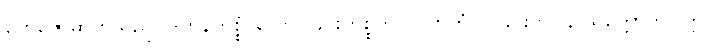
တေဇောဓာတ်သည်။ ဒဟနကိစ္စံ၊ လောင်ခြင်းကိစ္စကို။ (ကာတုံ၊ ပြုခြင်းငှာ။ န သက္ကောတိ) ဣဝ၊